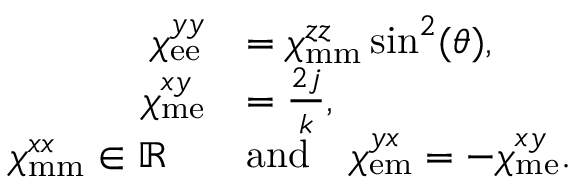
\begin{array} { r l } { \chi _ { \mathrm { e e } } ^ { y y } } & { = \chi _ { \mathrm { m m } } ^ { z z } \sin ^ { 2 } ( \theta ) , } \\ { \chi _ { \mathrm { m e } } ^ { x y } } & { = \frac { 2 j } { k } , } \\ { \chi _ { \mathrm { m m } } ^ { x x } \in \mathbb { R } \quad } & { \mathrm { a n d } \quad \chi _ { \mathrm { e m } } ^ { y x } = - \chi _ { \mathrm { m e } } ^ { x y } . } \end{array}